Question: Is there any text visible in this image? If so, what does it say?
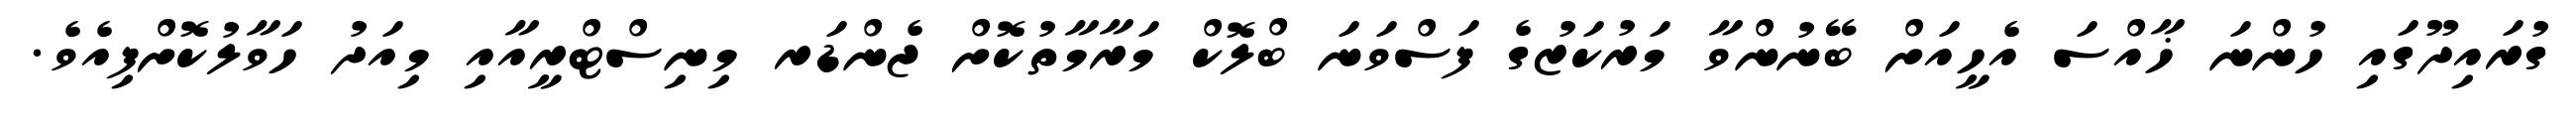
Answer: ގުރައިދޫގައި ހުންނަ ޚާއްސަ އެހީއަށް ބޭނުންވާ މަރުކަޒުގެ ފަސްވަނަ ބްލޮކް މަރާމާތުކޮށް ޖެންޑަރ މިނިސްޓްރީއާއި މިއަދު ހަވާލުކޮށްފިއެވެ.